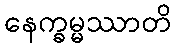
နေက္ခမ္မဿာတိ